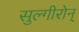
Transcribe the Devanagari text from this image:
सुल्गीरोन्